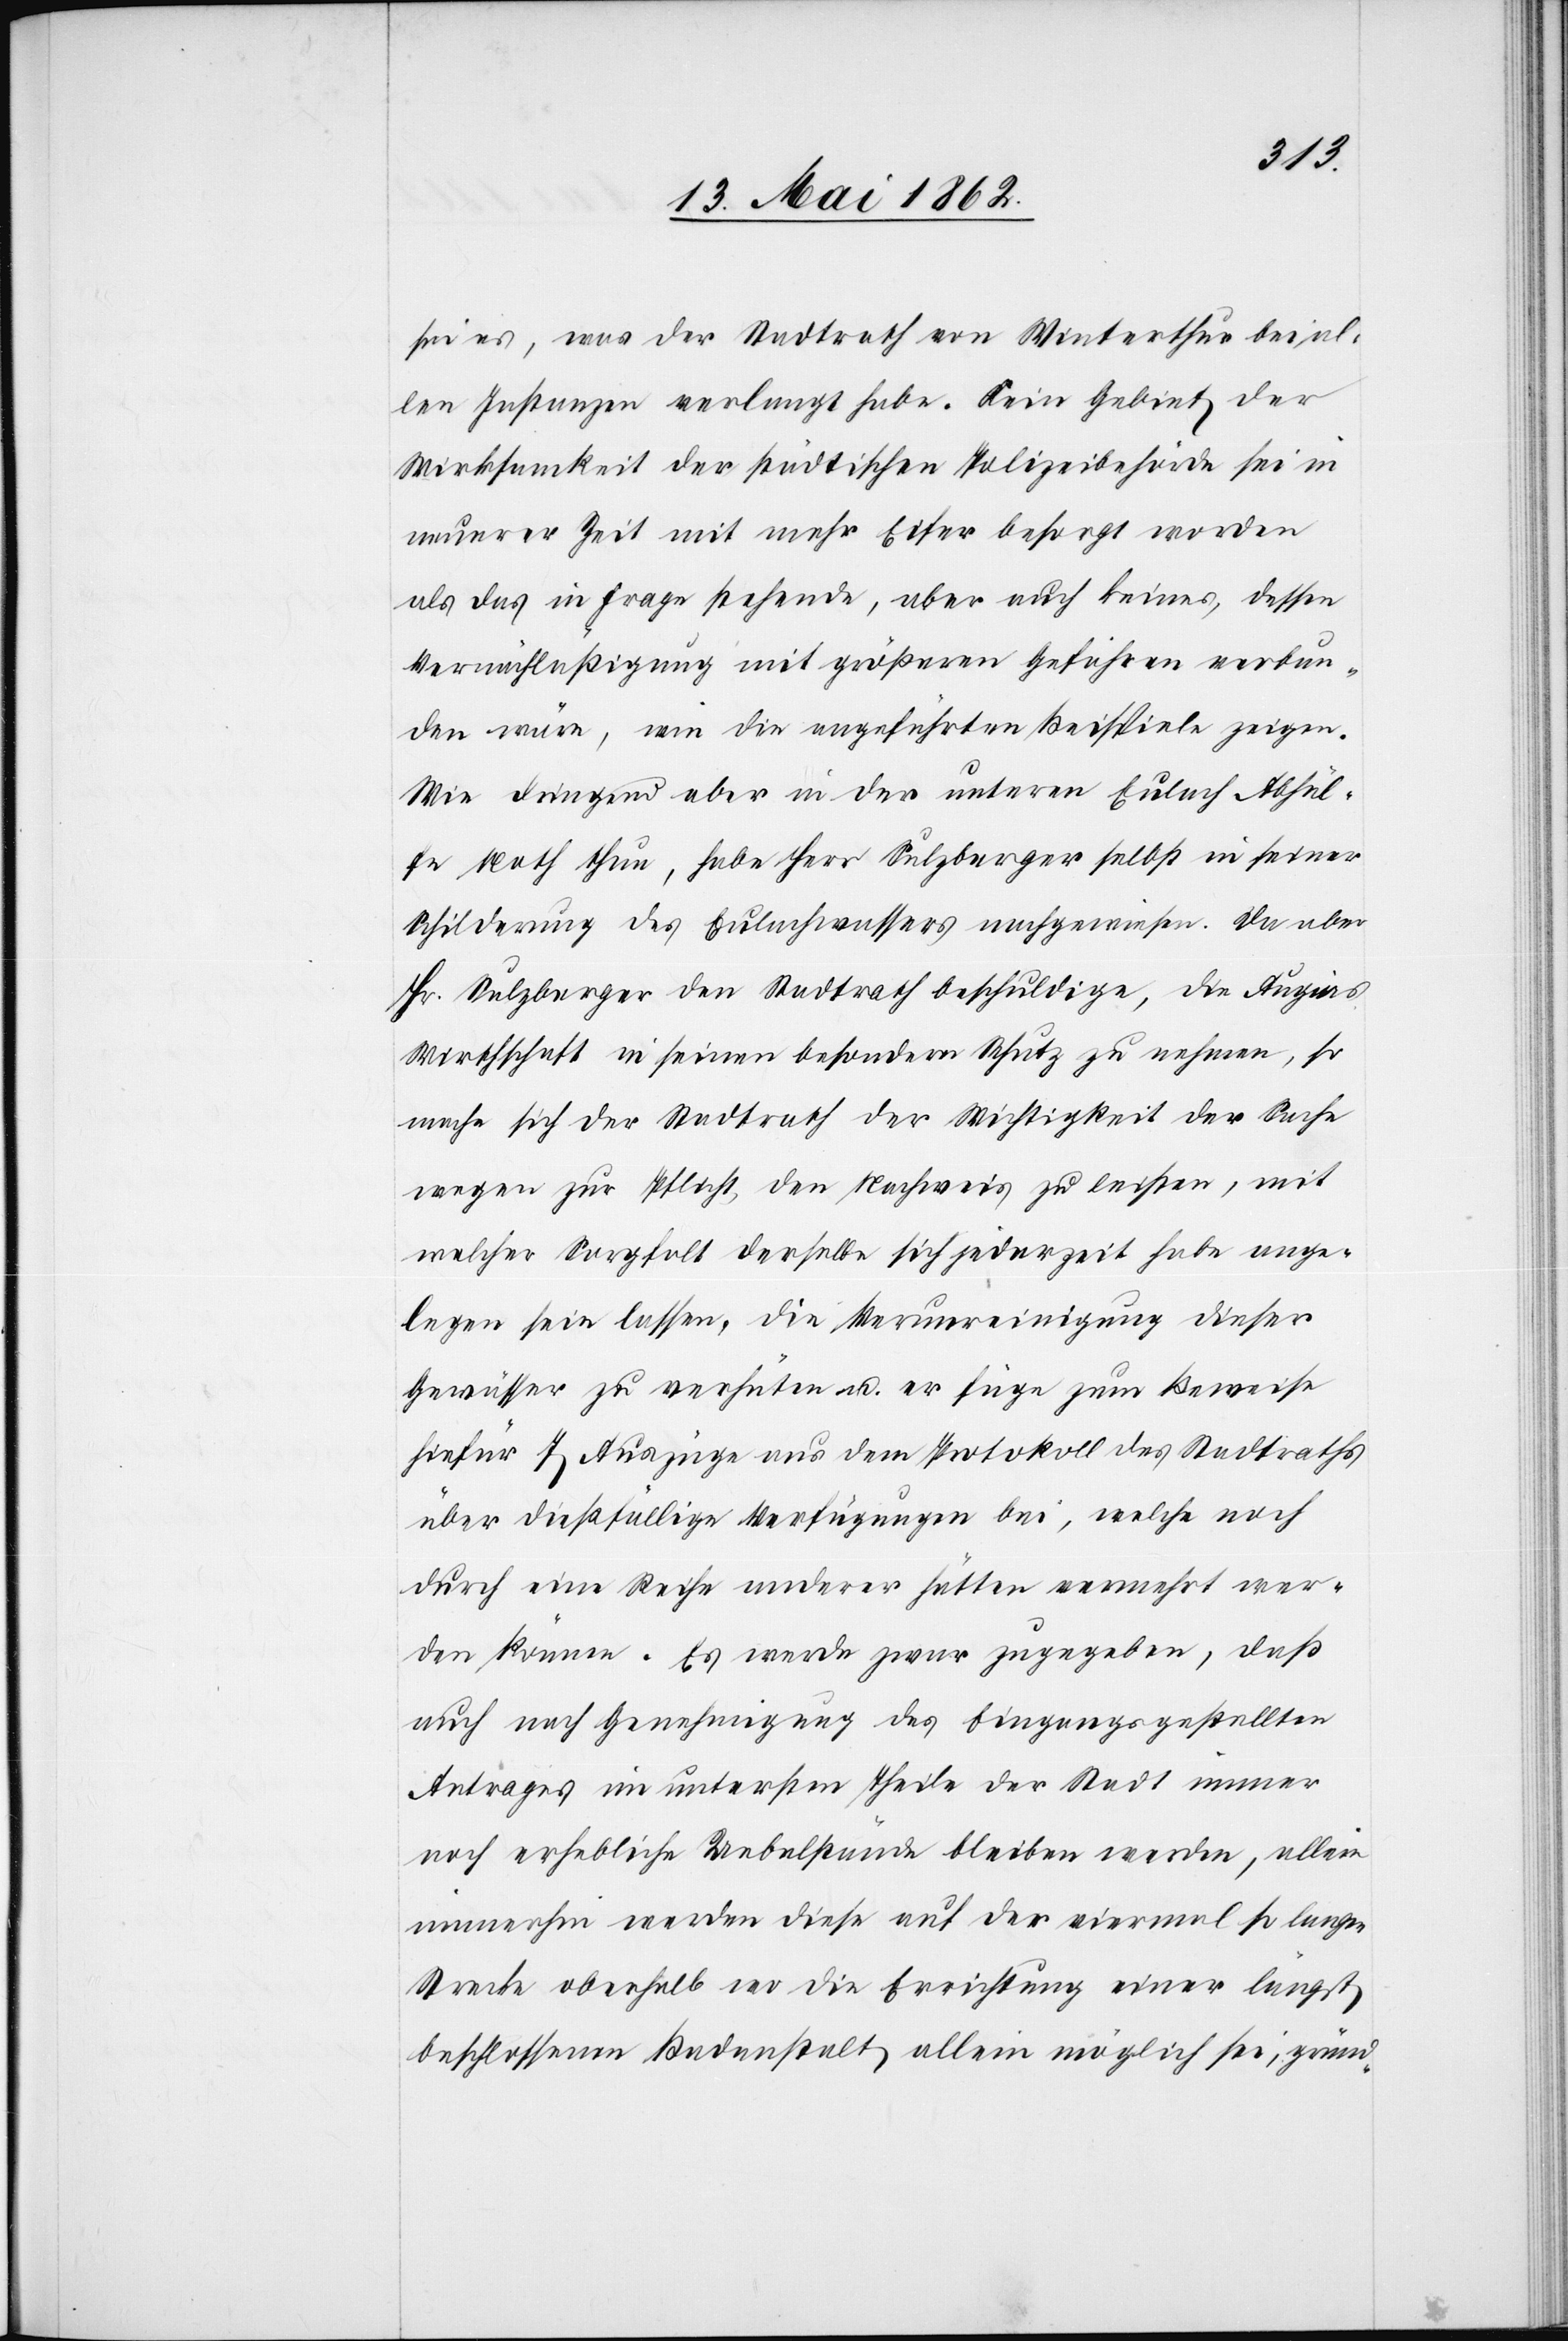
sei es, was der Stadtrath von Winterthur bei al¬
len Instanzen verlangt habe. Sein Gebiet der
Wirksamkeit der städtischen Polizeibehörde sei in
neuerer Zeit mit mehr Eifer besorgt worden
als das in Frage stehende, aber auch keines, dessen
Vernächlaßigung [sic!] mit größeren Gefahren verbun¬
den wäre, wie die angeführten Beispiele zeigen.
Wie dringend aber in der unteren Eulach Abhül¬
fe Noth thue, habe Herr Sulzberger selbst in seiner
Schilderung des Eulachwassers nachgewiesen. Da aber
Hr. Sulzberger den Stadtrath beschuldige, die Augi[?n]s
Wirthschaft in einen besondern Schutz zu nehmen, so
mache sich der Stadtrath der Wichtigkeit der Sache
wegen zur Pflicht den Nachweis zu leisten, mit
welcher Sorgfalt derselbe sich jederzeit habe ange¬
legen sein lassen, die Verunreinigung dieser
Gewässer zu verhüten u. er füge zum Beweise
hiefür 7 Auszüge aus dem Protokoll des Stadtraths
über dießfällige Verfügungen bei, welche noch
durch eine Reihe anderer hätten vermehrt wer¬
den können. Es werde zwar zugegeben, daß
auch nach Genehmigung des Eingangsgestellten
Antrages im untersten Theile der Stadt immer
noch erhebliche Uebelstände bleiben werden, allein
immerhin werden diese auf der viermal so langen
Strecke oberhalb wo die Errichtung einer längst
beschlossenen Badanstalt allein möglich sei, gründ-